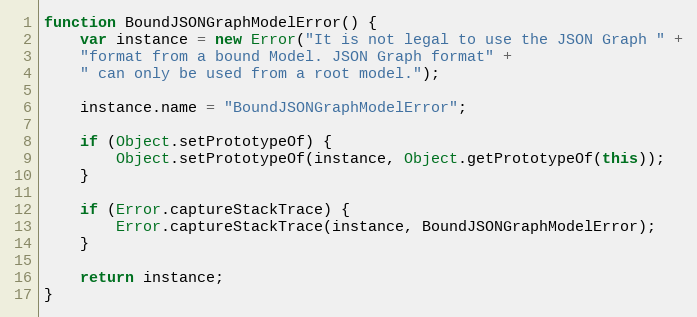
Language: JavaScript
function BoundJSONGraphModelError() {
    var instance = new Error("It is not legal to use the JSON Graph " +
    "format from a bound Model. JSON Graph format" +
    " can only be used from a root model.");

    instance.name = "BoundJSONGraphModelError";

    if (Object.setPrototypeOf) {
        Object.setPrototypeOf(instance, Object.getPrototypeOf(this));
    }

    if (Error.captureStackTrace) {
        Error.captureStackTrace(instance, BoundJSONGraphModelError);
    }

    return instance;
}